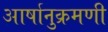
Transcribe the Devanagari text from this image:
आर्षानुक्रमणी